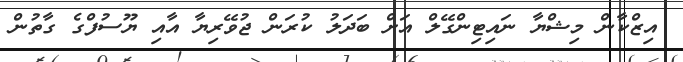
އިޒްކާން މިޝްޔާ ނައިޓިންގޭލް އަށް ބަދަލު ކުރަން ޖުވޭރިޔާ އާއި ޔޫސުފްގެ ގާތުން